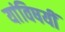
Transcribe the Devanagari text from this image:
यांविषयीं